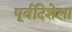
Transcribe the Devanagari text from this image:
पूर्वदिशेला